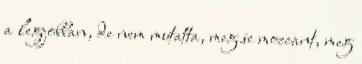
a legjobban, de nem mutatta, meg se moccant, meg